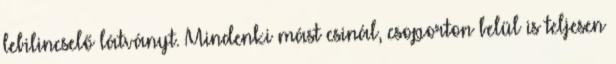
lebilincselő látványt. Mindenki mást csinál, csoporton belül is teljesen